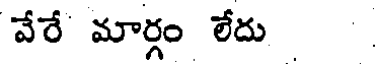
వేరే మార్గం లేదు